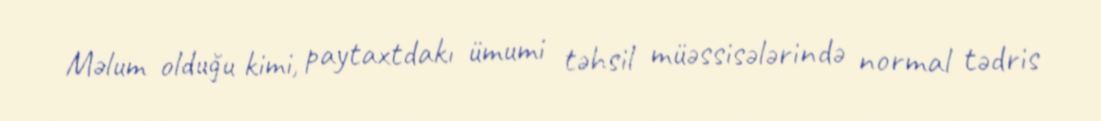
Məlum olduğu kimi, paytaxtdakı ümumi təhsil müəssisələrində normal tədris